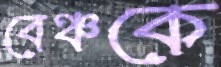
বেঞ্চকে